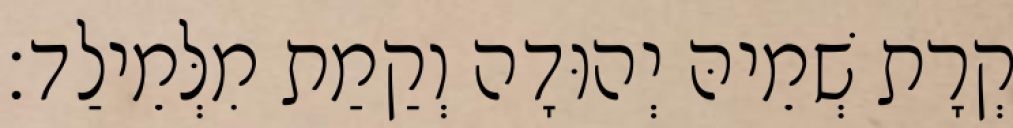
קְרָת שְׁמֵיהּ יְהוּדָה וְקַמַת מִלְּמֵילַד׃